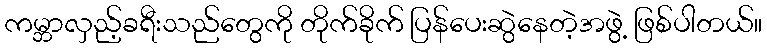
ကမ္ဘာလှည့်ခရီးသည်တွေကို တိုက်ခိုက် ပြန်ပေးဆွဲနေတဲ့အဖွဲ့ ဖြစ်ပါတယ်။